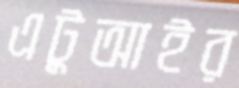
এটুআইর